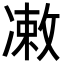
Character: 𪞫